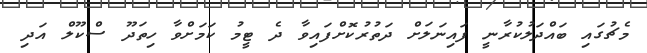
މެޗުގައި ބައްދަލުކުރާނީ ފައިނަލަށް ދަތުރުކޮށްފައިވާ ދެ ޓީމު ކަމަށްވާ ހިތަދޫ ސްކޫލް އަދި